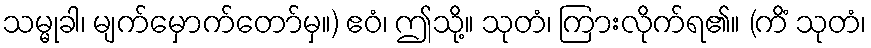
သမ္မုခါ၊ မျက်မှောက်တော်မှ။) ဧဝံ၊ ဤသို့။ သုတံ၊ ကြားလိုက်ရ၏။ (ကိံ သုတံ၊